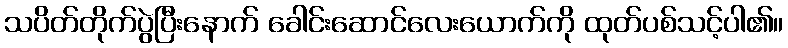
သပိတ်တိုက်ပွဲပြီးနောက် ခေါင်းဆောင်လေးယောက်ကို ထုတ်ပစ်သင့်ပါ၏။